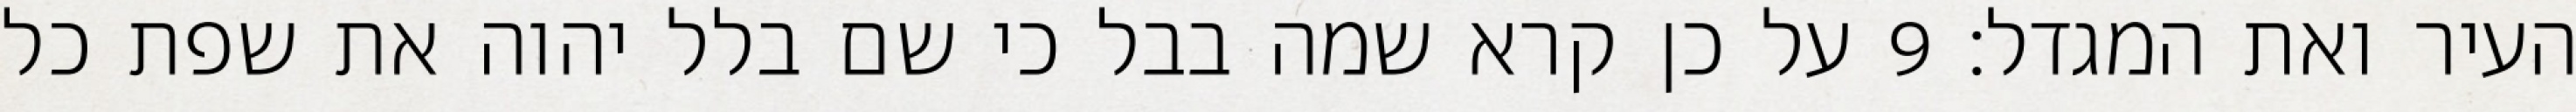
העיר ואת המגדל׃ ‎9‏ על כן קרא שמה בבל כי שם בלל יהוה את שפת כל